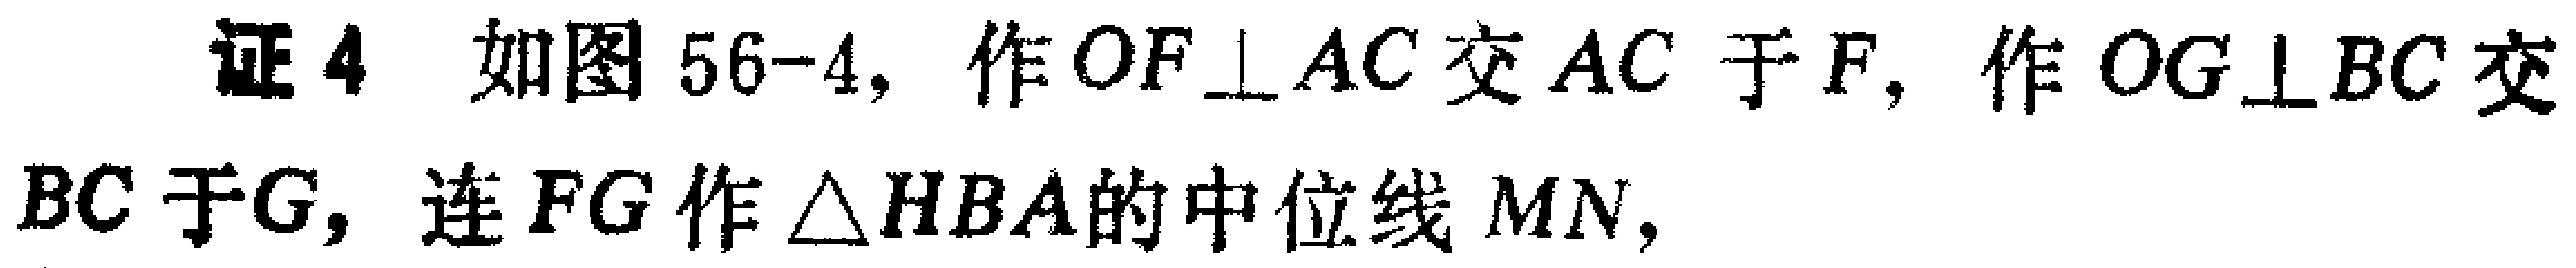
证4 如图56-4，作$OF\perp AC$交$AC$于$F$，作$OG\perp BC$交$BC$于$G$，连$FG$作$\triangle HBA$的中位线$MN$，